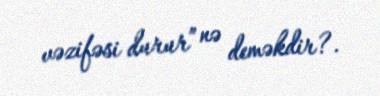
vəzifəsi durur” nə deməkdir?.